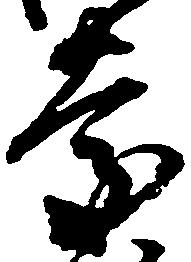
慶